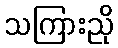
သကြားညို